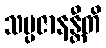
သမ္ပဇာနန္တီတိ